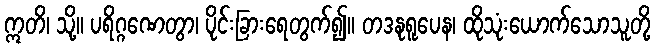
ဣတိ၊ သို့။ ပရိဂ္ဂဏေတွာ၊ ပိုင်းခြားရေတွက်၍။ တဒနုရူပေန၊ ထိုသုံးယောက်သောသူတို့